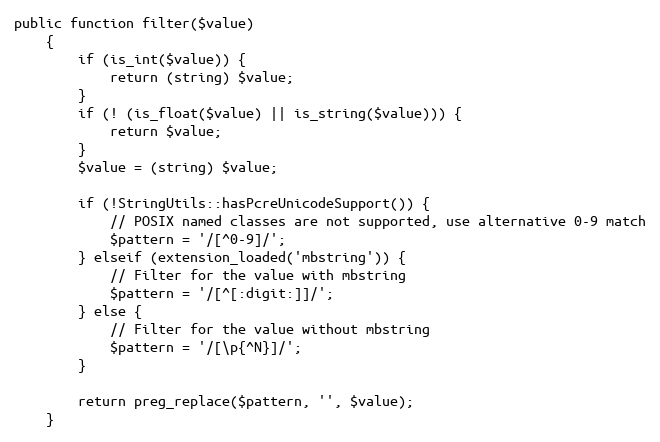
Language: PHP
public function filter($value)
    {
        if (is_int($value)) {
            return (string) $value;
        }
        if (! (is_float($value) || is_string($value))) {
            return $value;
        }
        $value = (string) $value;

        if (!StringUtils::hasPcreUnicodeSupport()) {
            // POSIX named classes are not supported, use alternative 0-9 match
            $pattern = '/[^0-9]/';
        } elseif (extension_loaded('mbstring')) {
            // Filter for the value with mbstring
            $pattern = '/[^[:digit:]]/';
        } else {
            // Filter for the value without mbstring
            $pattern = '/[\p{^N}]/';
        }

        return preg_replace($pattern, '', $value);
    }